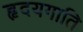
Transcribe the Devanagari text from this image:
हृदयगाति